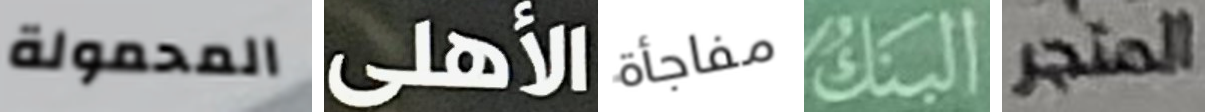
المحمولة الأهلى مفاجأة البنك المتجر